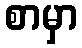
စာမှာ